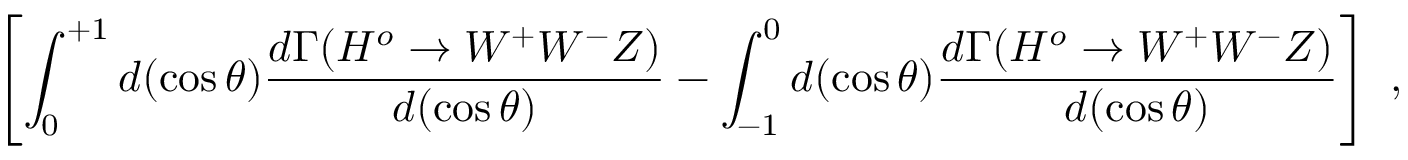
\left[ \int _ { 0 } ^ { + 1 } d ( \cos \theta ) \frac { d \Gamma ( H ^ { o } \to W ^ { + } W ^ { - } Z ) } { d ( \cos \theta ) } - \int _ { - 1 } ^ { 0 } d ( \cos \theta ) \frac { d \Gamma ( H ^ { o } \to W ^ { + } W ^ { - } Z ) } { d ( \cos \theta ) } \right] \ ,